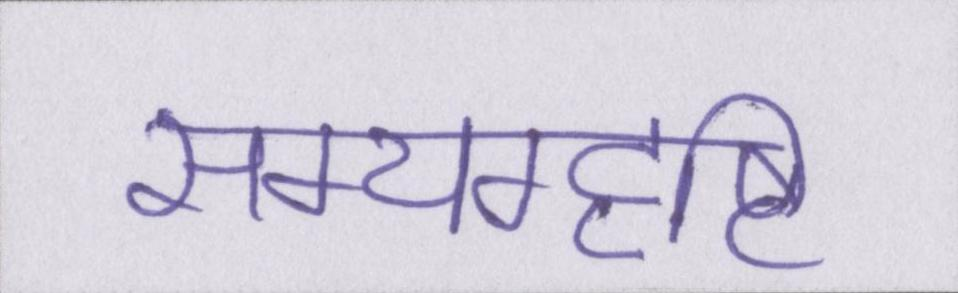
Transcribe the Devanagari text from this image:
सम्यग्दृष्टि